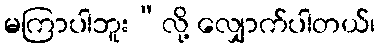
မကြာပါဘူး”လို့ လျှောက်ပါတယ်၊